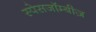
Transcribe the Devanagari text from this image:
स्पेसजॉम्बीज़